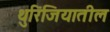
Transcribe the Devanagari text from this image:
थुरिंजियातील